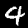
Digit: 4